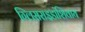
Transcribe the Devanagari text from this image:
ग्लिसराइडांशिवाय